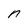
Character: n